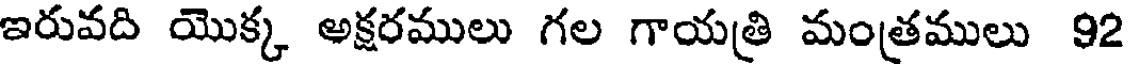
ఇరువది యొక్క అక్షరములు గల గాయత్రి మంత్రములు 92